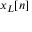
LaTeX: \scriptstyle x _ { L } [ n ]